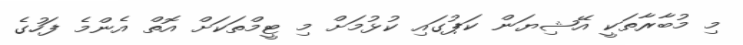
މި މުބާރާތަކީ އޭޝިޔަން ކަޕުގައި ކުޅުމަށް މި ޓީމްތަކަށް އޮތް އެންމެ ފަހުގެ